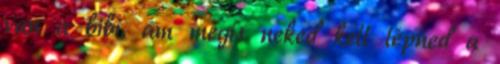
van a bibi, ám mégis neked kell lépned a